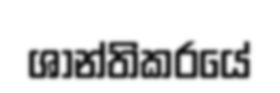
ශාන්තිකරයේ